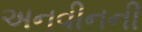
અનવીનની